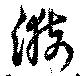
漪